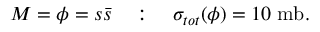
M = \phi = s \bar { s } \quad : \quad \sigma _ { t o t } ( \phi ) = 1 0 \; \mathrm { m b } .